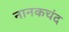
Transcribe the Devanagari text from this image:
नानकचंद